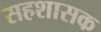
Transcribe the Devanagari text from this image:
सहशासक